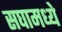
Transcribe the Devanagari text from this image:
सघामध्ये